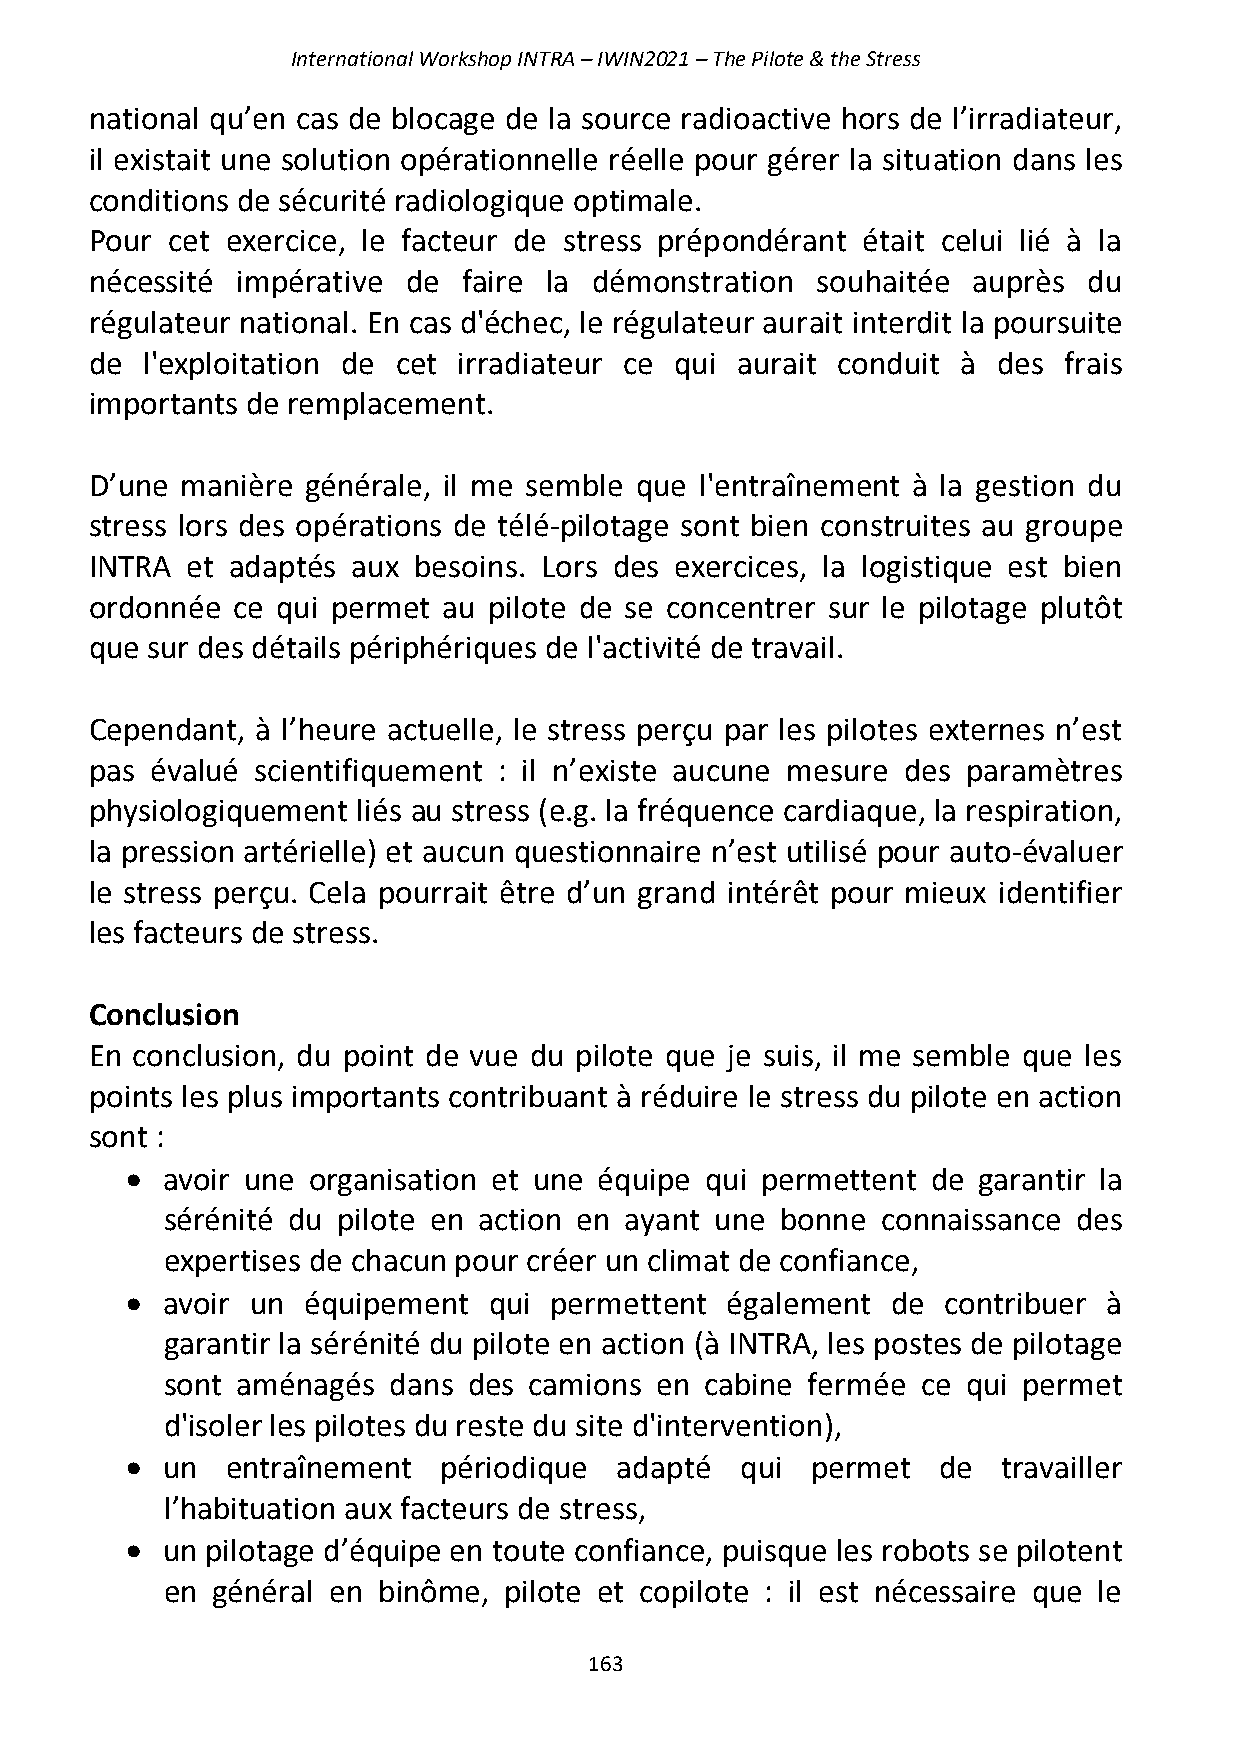
International Workshop INTRA – IWIN2021 – The Pilote & the Stress
 national qu’en cas de blocage de la source radioactive hors de l’irradiateur,
 il existait une solution opérationnelle réelle pour gérer la situation dans les
 conditions de sécurité radiologique optimale.
 Pour cet exercice, le facteur de stress prépondérant était celui lié à la
 nécessité impérative de  faire la démonstration souhaitée auprès  du
 régulateur national. En cas d'échec, le régulateur aurait interdit la poursuite
 de l'exploitation de cet irradiateur ce qui aurait conduit à des frais
 importants de remplacement.
 D’une manière générale, il me semble que l'entraînement à la gestion du
 stress lors des opérations de télé-pilotage sont bien construites au groupe
 INTRA et adaptés aux besoins. Lors des exercices, la logistique est bien
 ordonnée ce qui permet au pilote de se concentrer sur le pilotage plutôt
 que sur des détails périphériques de l'activité de travail.
 Cependant, à l’heure actuelle, le stress perçu par les pilotes externes n’est
 pas évalué scientifiquement : il n’existe aucune mesure des paramètres
 physiologiquement liés au stress (e.g. la fréquence cardiaque, la respiration,
 la pression artérielle) et aucun questionnaire n’est utilisé pour auto-évaluer
 le stress perçu. Cela pourrait être d’un grand intérêt pour mieux identifier
 les facteurs de stress.
 Conclusion
 En conclusion, du point de vue du pilote que je suis, il me semble que les
 points les plus importants contribuant à réduire le stress du pilote en action
 sont :
 •  avoir une organisation et une équipe qui permettent de garantir la
 sérénité du pilote en action en ayant une bonne connaissance des
 expertises de chacun pour créer un climat de confiance,
 •  avoir un équipement  qui permettent  également  de contribuer à
 garantir la sérénité du pilote en action (à INTRA, les postes de pilotage
 sont aménagés  dans des camions en  cabine fermée ce qui permet
 d'isoler les pilotes du reste du site d'intervention),
 •  un  entraînement  périodique  adapté  qui  permet  de  travailler
 l’habituation aux facteurs de stress,
 •  un pilotage d’équipe en toute confiance, puisque les robots se pilotent
 en général en binôme, pilote et copilote : il est nécessaire que le
 163